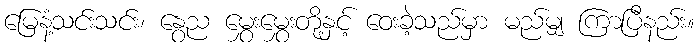
မြေနံ့သင်းသင်း၊ နွေည မွှေးမွှေးတို့နှင့် ဝေးခဲ့သည်မှာ မည်မျှ ကြာပြီနည်း။